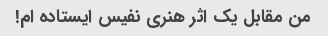
من مقابل یک اثر هنری نفیس ایستاده ام!